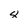
Character: 8